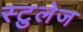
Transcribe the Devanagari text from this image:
स्टुलेज